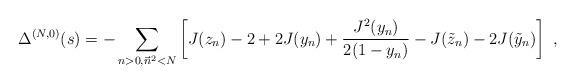
LaTeX: \begin{align*}\Delta^{(N,0)}(s)= - \sum_{n>0,\vec n^2<N}\left[ J(z_n) - 2 + 2 J(y_{n}) + \frac{J^{2}(y_{n})}{2 (1-y_{n})} - J(\tilde{z}_n) - 2 J(\tilde{y}_n) \right]\ , \end{align*}